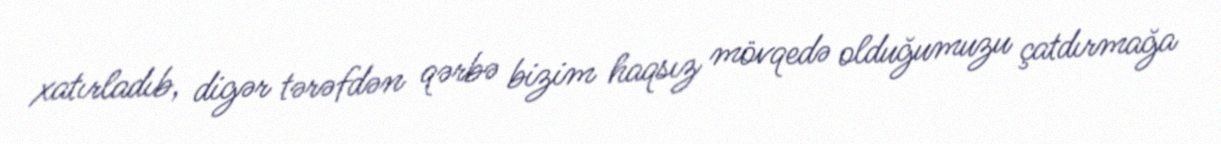
xatırladıb, digər tərəfdən qərbə bizim haqsız mövqedə olduğumuzu çatdırmağa